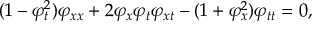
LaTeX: ( 1 - \varphi _ { t } ^ { 2 } ) \varphi _ { x x } + 2 \varphi _ { x } \varphi _ { t } \varphi _ { x t } - ( 1 + \varphi _ { x } ^ { 2 } ) \varphi _ { t t } = 0 ,